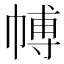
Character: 𭘰